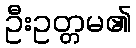
ဦးဥတ္တမ၏